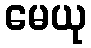
မေယု